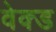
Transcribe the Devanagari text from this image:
वेक्ड